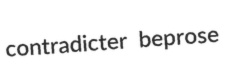
contradicter beprose